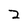
Character: 2